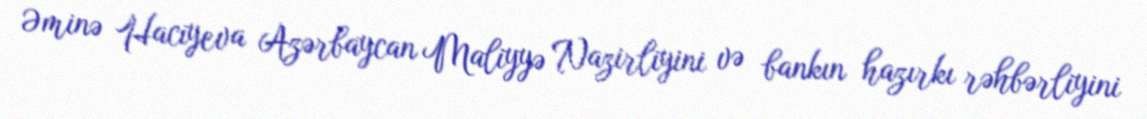
Əminə Hacıyeva Azərbaycan Maliyyə Nazirliyini və bankın hazırkı rəhbərliyini